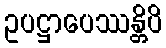
ဥပဋ္ဌာပေဿန္တိပိ